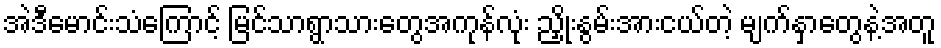
အဲဒီမောင်းသံကြောင့် မြင်သာရွာသားတွေအကုန်လုံး ညှိုးနွမ်းအားငယ်တဲ့ မျက်နှာတွေနဲ့အတူ